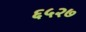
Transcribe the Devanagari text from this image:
६५२७